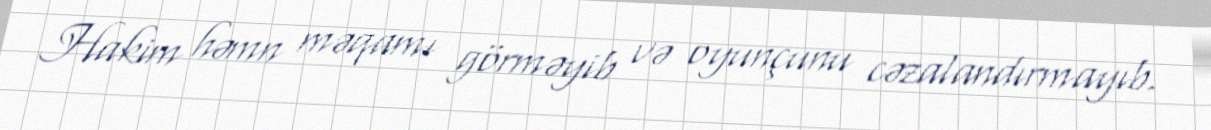
Hakim həmn məqamı görməyib və oyunçunu cəzalandırmayıb.